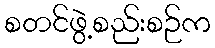
စတင်ဖွဲ့စည်းစဉ်က